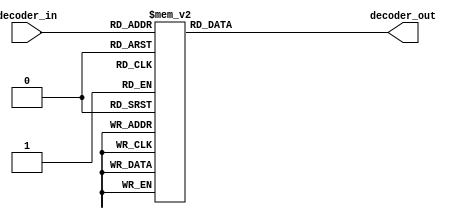
module Decoder32_5(
    input [4:0] decoder_in,
    output reg [31:0] decoder_out
    );
    always @(*) begin
        case (decoder_in)
        5'd0: decoder_out = 32'b00000000000000000000000000000001;
        5'd1: decoder_out = 32'b00000000000000000000000000000010;
        5'd2: decoder_out = 32'b00000000000000000000000000000100;
        5'd3: decoder_out = 32'b00000000000000000000000000001000;
        5'd4: decoder_out = 32'b00000000000000000000000000010000;
        5'd5: decoder_out = 32'b00000000000000000000000000100000;
        5'd6: decoder_out = 32'b00000000000000000000000001000000;
        5'd7: decoder_out = 32'b00000000000000000000000010000000;
        5'd8: decoder_out = 32'b00000000000000000000000100000000;
        5'd9: decoder_out = 32'b00000000000000000000001000000000;
        5'd10: decoder_out = 32'b00000000000000000000010000000000;
        5'd11: decoder_out = 32'b00000000000000000000100000000000;
        5'd12: decoder_out = 32'b00000000000000000001000000000000;
        5'd13: decoder_out = 32'b00000000000000000010000000000000;
        5'd14: decoder_out = 32'b00000000000000000100000000000000;
        5'd15: decoder_out = 32'b00000000000000001000000000000000;
        5'd16: decoder_out = 32'b00000000000000010000000000000000;
        5'd17: decoder_out = 32'b00000000000000100000000000000000;
        5'd18: decoder_out = 32'b00000000000001000000000000000000;
        5'd19: decoder_out = 32'b00000000000010000000000000000000;
        5'd20: decoder_out = 32'b00000000000100000000000000000000;
        5'd21: decoder_out = 32'b00000000001000000000000000000000;
        5'd22: decoder_out = 32'b00000000010000000000000000000000;
        5'd23: decoder_out = 32'b00000000100000000000000000000000;
        5'd24: decoder_out = 32'b00000001000000000000000000000000;
        5'd25: decoder_out = 32'b00000010000000000000000000000000;
        5'd26: decoder_out = 32'b00000100000000000000000000000000;
        5'd27: decoder_out = 32'b00001000000000000000000000000000;
        5'd28: decoder_out = 32'b00010000000000000000000000000000;
        5'd29: decoder_out = 32'b00100000000000000000000000000000;
        5'd30: decoder_out = 32'b01000000000000000000000000000000;
        default: decoder_out = 32'b10000000000000000000000000000000;
         
        endcase
    end


endmodule